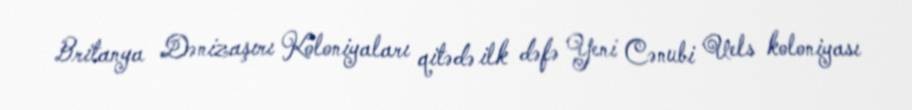
Britanya Dənizaşırı Koloniyaları qitədə ilk dəfə Yeni Cənubi Uels koloniyası